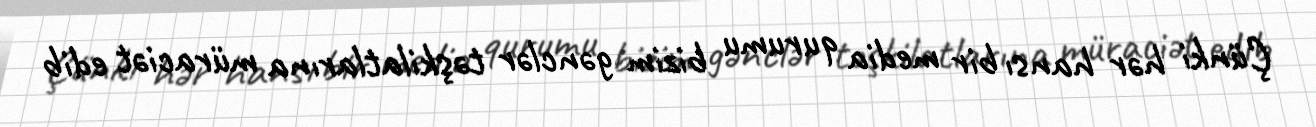
Çünki hər hansı bir media qurumu bizim gənclər təşkilatlarına müraciət edib